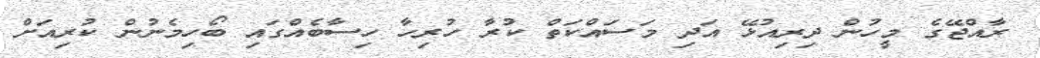
ރާއްޖޭގެ މީހުން ދިރިއުޅޭ އަދި މަސައްކަތް ކުރާ ހުރިހާ ހިސާބެއްގައި ބޯހިމެނުން ކުރިއަށް